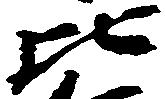
比